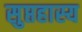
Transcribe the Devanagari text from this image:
सुप्तहास्य